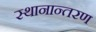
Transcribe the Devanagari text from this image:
स्‍थानान्‍तरण